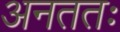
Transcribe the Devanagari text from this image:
अनततः